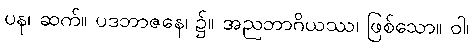
ပန၊ ဆက်။ ပဒဘာဇနေ၊ ၌။ အညဘာဂိယဿ၊ ဖြစ်သော။ ဝါ၊